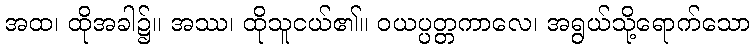
အထ၊ ထိုအခါ၌။ အဿ၊ ထိုသူငယ်၏။ ဝယပ္ပတ္တကာလေ၊ အရွယ်သို့ရောက်သော